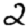
Digit: 2